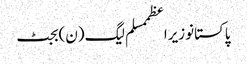
پاکستانوزیراعظممسلم لیگ (ن)بجٹ